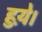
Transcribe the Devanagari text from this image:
हुय़े।